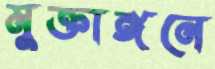
মুক্তাঙ্গনে